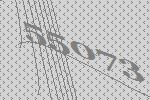
55073